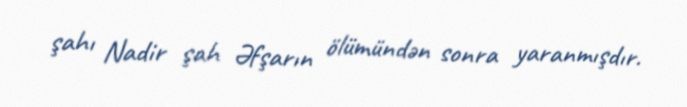
şahı Nadir şah Əfşarın ölümündən sonra yaranmışdır.